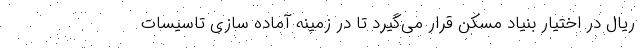
ریال در اختیار بنیاد مسکن قرار می‌گیرد تا در زمینه آماده سازی تاسیسات